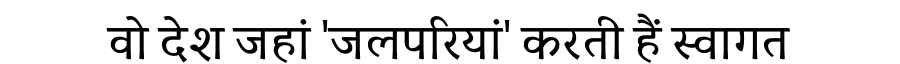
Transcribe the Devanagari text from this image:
वो देश जहां 'जलपरियां' करती हैं स्वागत